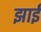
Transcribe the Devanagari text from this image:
झाईं